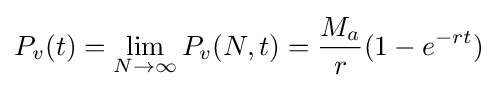
P_{v}(t)=\lim _{N\to \infty }P_{v}(N,t)={\frac {M_{a}}{r}}(1-e^{-rt})